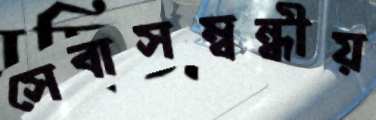
সেবাসম্বন্ধীয়